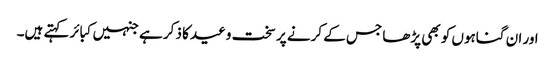
اور ان گناہوں کو بھی پڑھا جس کے کرنے پر سخت وعید کا ذکر ہے جنہیں کبائر کہتے ہیں۔